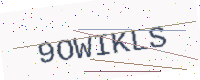
Text: 9OWIKLS